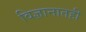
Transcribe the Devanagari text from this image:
विज्ञानातही